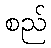
စည်